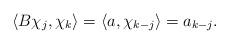
LaTeX: \begin{align*}\langle B\chi_j,\chi_k \rangle=\langle a,\chi_{k-j} \rangle=a_{k-j}.\end{align*}